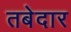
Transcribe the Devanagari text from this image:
तबेदार